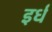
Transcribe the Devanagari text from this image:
इर्ध